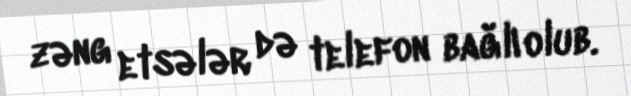
zəng etsələr də telefon bağlı olub.